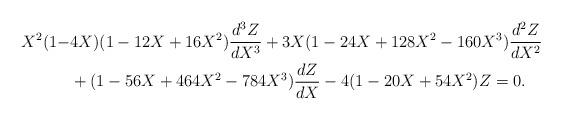
LaTeX: \begin{align*}X^{2}(1-&4X)(1-12X+16X^{2})\frac{d^{3}Z}{dX^{3}}+3X(1-24X+128X^{2}-160X^{3})\frac{d^{2}Z}{dX^{2}} \\&+(1-56X+464X^{2}-784X^{3})\frac{dZ}{dX}-4(1-20X+54X^{2})Z=0.\end{align*}